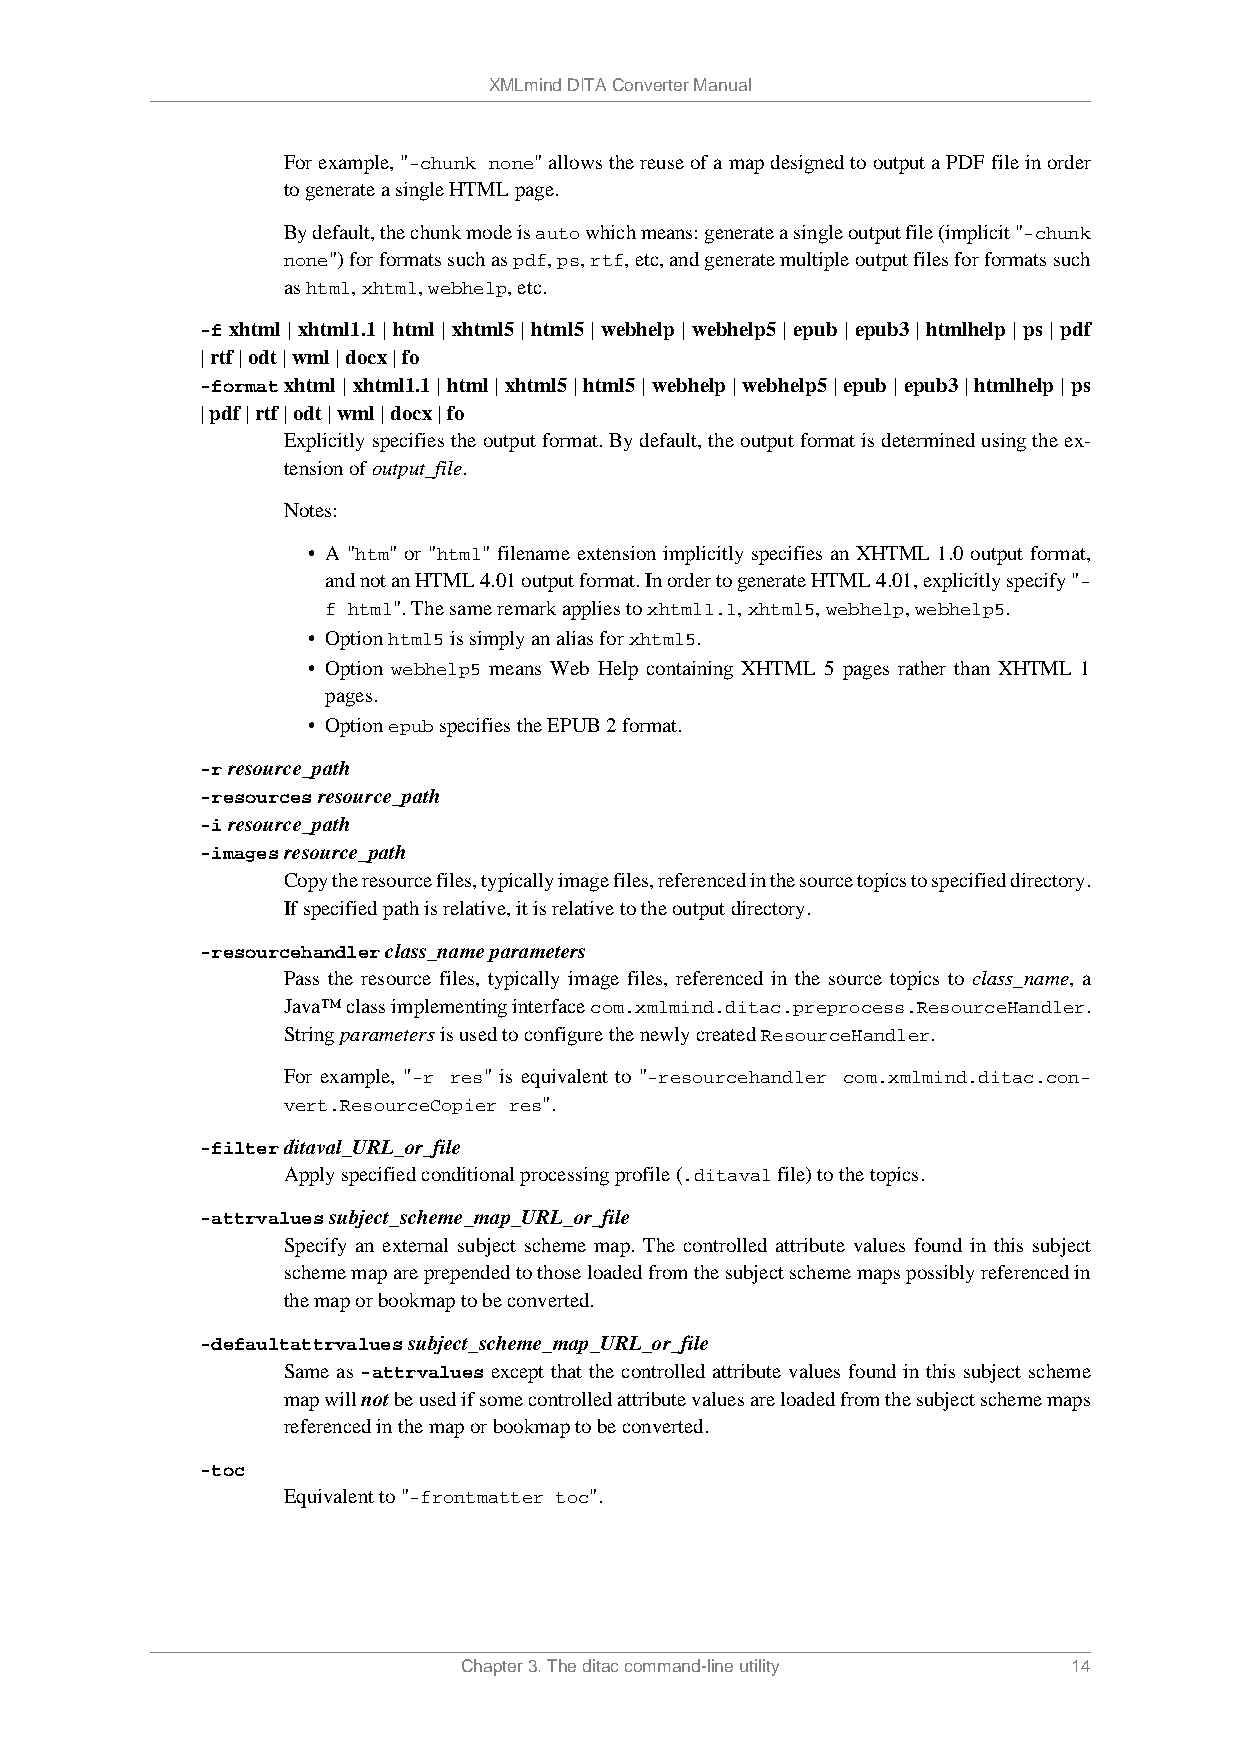
XMLmind DITA Converter Manual
 For example, "-chunk none" allows the reuse of a map designed to output a PDF file in order
 to generate a single HTML page.
 By default, the chunk mode is auto which means: generate a single output file (implicit "-chunk
 none") for formats such as pdf, ps, rtf, etc, and generate multiple output files for formats such
 as html, xhtml, webhelp, etc.
 -f xhtml | xhtml1.1 | html | xhtml5 | html5 | webhelp | webhelp5 | epub | epub3 | htmlhelp | ps | pdf
 | rtf | odt | wml | docx | fo
 -format xhtml | xhtml1.1 | html | xhtml5 | html5 | webhelp | webhelp5 | epub | epub3 | htmlhelp | ps
 | pdf | rtf | odt | wml | docx | fo
 Explicitly specifies the output format. By default, the output format is determined using the ex-
 tension of output_file.
 Notes:
 • A "htm" or "html" filename extension implicitly specifies an XHTML 1.0 output format,
 and not an HTML 4.01 output format. In order to generate HTML 4.01, explicitly specify "-
 f html". The same remark applies to xhtml1.1, xhtml5, webhelp, webhelp5.
 • Option html5 is simply an alias for xhtml5.
 • Option webhelp5 means Web Help containing XHTML 5 pages rather than XHTML 1
 pages.
 • Option epub specifies the EPUB 2 format.
 -r resource_path
 -resources resource_path
 -i resource_path
 -images resource_path
 Copy the resource files, typically image files, referenced in the source topics to specified directory.
 If specified path is relative, it is relative to the output directory.
 -resourcehandler class_name parameters
 Pass the resource files, typically image files, referenced in the source topics to class_name, a
 Java™ class implementing interface com.xmlmind.ditac.preprocess.ResourceHandler.
 String parameters is used to configure the newly created ResourceHandler.
 For example, "-r res" is equivalent to "-resourcehandler com.xmlmind.ditac.con-
 vert.ResourceCopier res".
 -filter ditaval_URL_or_file
 Apply specified conditional processing profile (.ditaval file) to the topics.
 -attrvalues subject_scheme_map_URL_or_file
 Specify an external subject scheme map. The controlled attribute values found in this subject
 scheme map are prepended to those loaded from the subject scheme maps possibly referenced in
 the map or bookmap to be converted.
 -defaultattrvalues subject_scheme_map_URL_or_file
 Same as -attrvalues except that the controlled attribute values found in this subject scheme
 map will not be used if some controlled attribute values are loaded from the subject scheme maps
 referenced in the map or bookmap to be converted.
 -toc
 Equivalent to "-frontmatter toc".
 Chapter 3. The ditac command-line utility 14